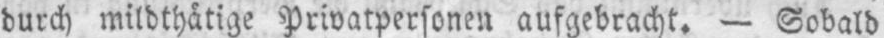
durch mildthätige Privatpersonen aufgebracht. - Sobald